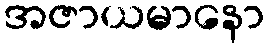
အဇာယမာနော